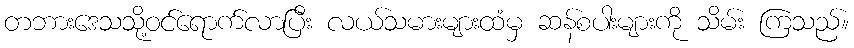
တဘားဒေသသို့ဝင်ရောက်လာပြီး လယ်သမားများထံမှ ဆန်စပါးများကို သိမ်း ကြသည်။